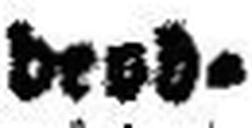
beob¬